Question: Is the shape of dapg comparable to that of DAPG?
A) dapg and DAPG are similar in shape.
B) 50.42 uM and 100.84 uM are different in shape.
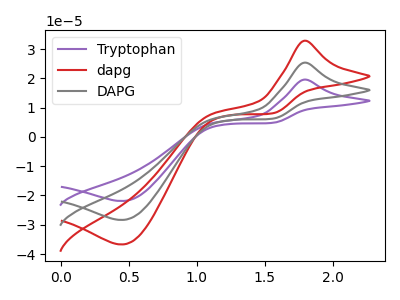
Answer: <think>The purple curve "Tryptophan" has an anodic peak at (1.80V, 50.70uA) and a cathodic peak at (0.45V, -56.70uA). The red curve "dapg" has an anodic peak at (1.80V, 32.85uA) and a cathodic peak at (0.45V, -36.70uA). The gray curve "DAPG" has an anodic peak at (1.80V, 25.35uA) and a cathodic peak at (0.45V, -28.35uA).
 All the peaks in "dapg" have a peak in "DAPG" at the same potential. Every peak in "dapg" is higher than every peak in "DAPG".</think>
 <answer>A) "dapg" and "DAPG" are similar in shape.</answer>
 <eval>A</eval>